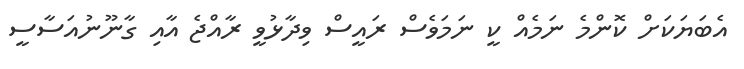
އެބަޔަކަށް ކޮންމެ ނަމެއް ކީ ނަމަވެސް ރައީސް ވިދާޅުވީ ރާއްޖެ އާއި ގާނޫނުއަސާސީ